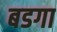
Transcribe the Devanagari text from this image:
बडगा